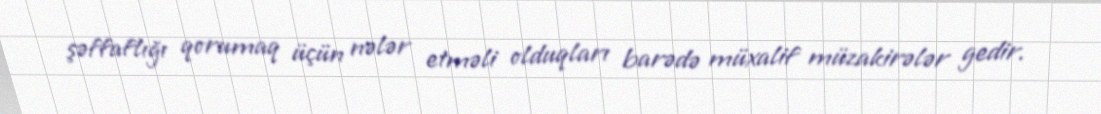
şəffaflığı qorumaq üçün nələr etməli olduqları barədə müxalif müzakirələr gedir.